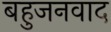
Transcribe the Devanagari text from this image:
बहुजनवाद